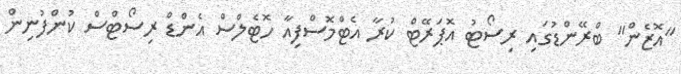
"އޮޒެން" ބްރޭންޑުގައި ރިސޯޓު އޮޕަރޭޓް ކުރާ އެޓްމޮސްފިއާ ހޮޓެލްސް އެންޑް ރިސޯޓްސް ކުންފުނިން